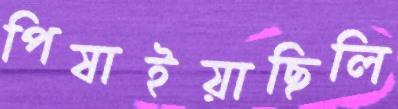
পিষাইয়াছিলি